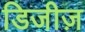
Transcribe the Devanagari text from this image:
डिजीज़